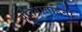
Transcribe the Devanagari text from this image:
प्रतिभाताईंनी